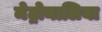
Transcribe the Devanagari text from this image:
मेट्रोनालिया